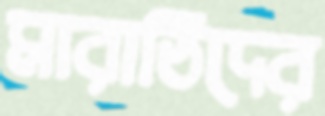
মারাঠিদের